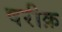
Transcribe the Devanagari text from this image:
षरीक़